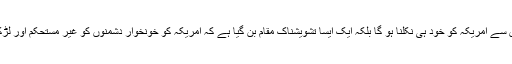
افغانستان نہ صرف ایک دلدل بن گیا ہے جہاں سے امریکہ کو خود ہی نکلنا ہو گا بلکہ ایک ایسا تشویشناک مقام بن گیا ہے کہ امریکہ کو خونخوار دشمنوں کو غیر مستحکم اور لڑکھڑاتی حالت میں رکھنے کی ضرورت ہے ۔